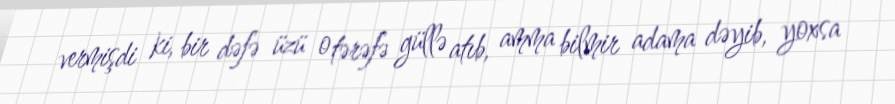
vermişdi ki, bir dəfə üzü o tərəfə güllə atıb, amma bilmir adama dəyib, yoxsa